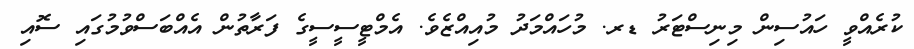
ކުރެއްވީ ހައުސިން މިނިސްޓަރު ޑރ. މުހައްމަދު މުއިއްޒެވެ. އެމްޓީސީސީގެ ފަރާތުން އެއްބަސްވުމުގައި ސޮއި